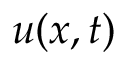
u ( x , t )